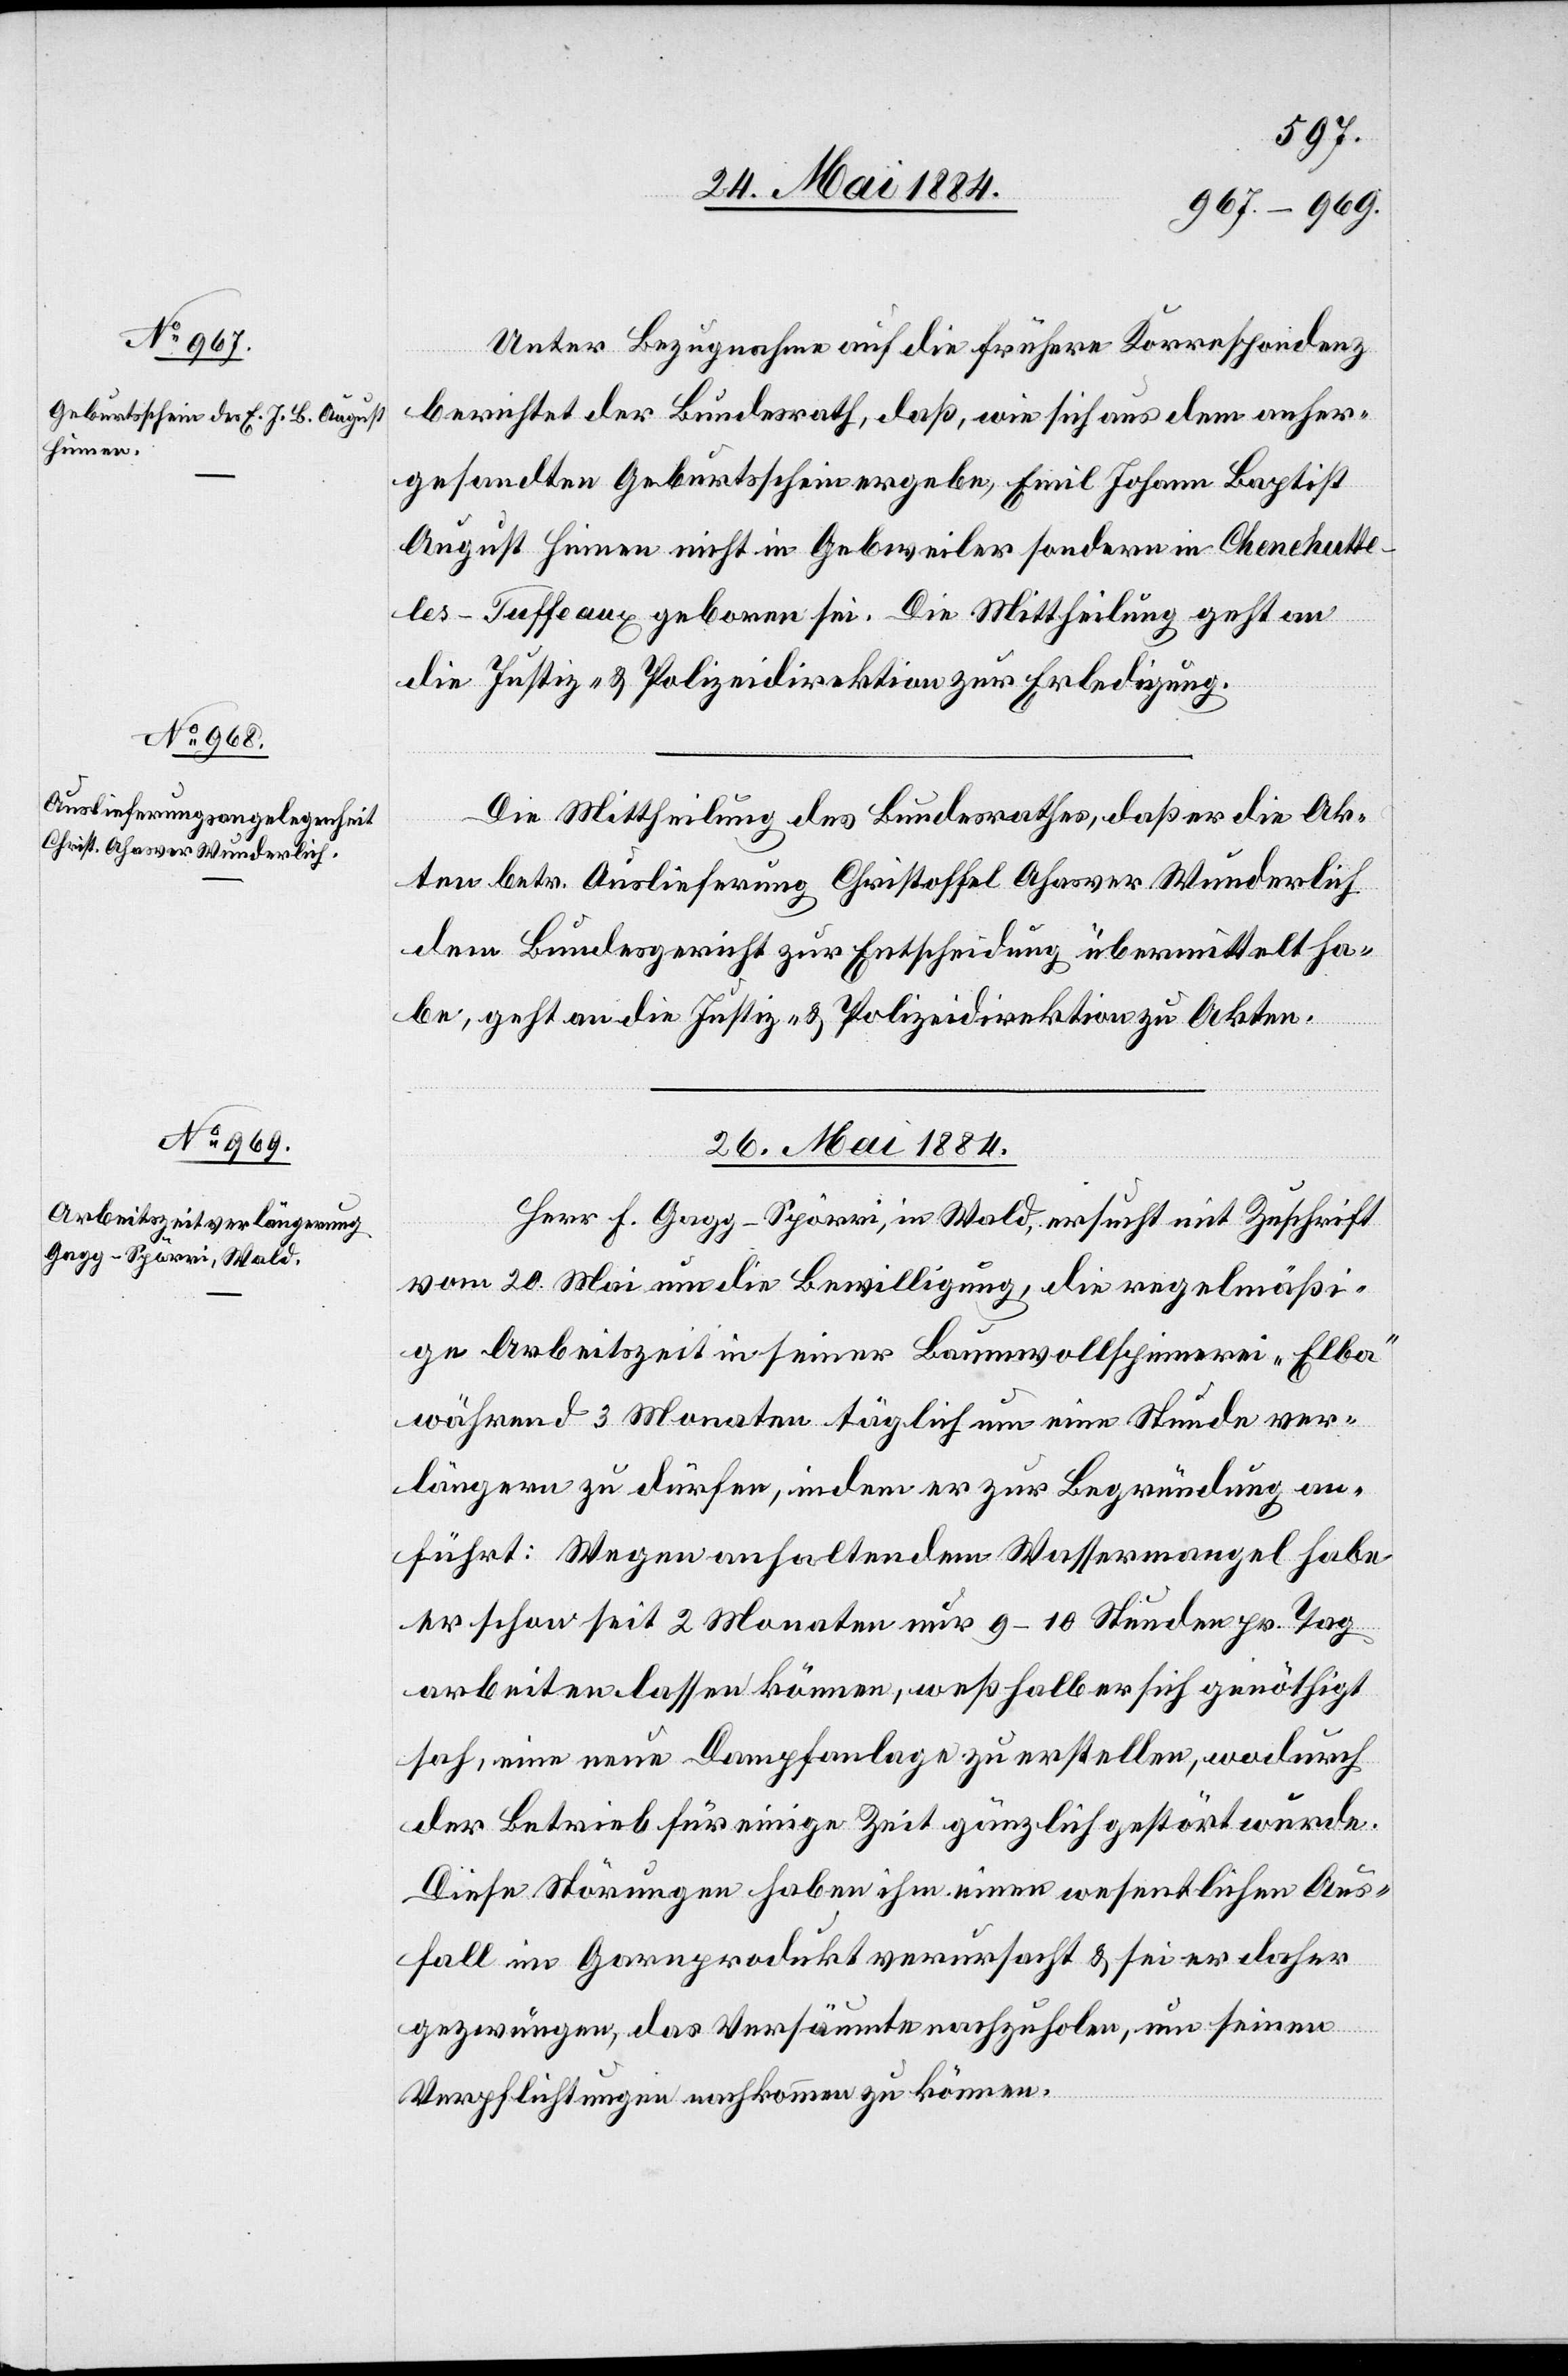
24. Mai 1884.]
Unter Bezugnahme auf die frühere Korrespondenz
berichtet der Bundesrath, daß, wie sich aus dem anher¬
gesandten Geburtsschein ergebe, Emil Johann Baptist
August Heinen nicht in Gebweiler sondern in Chenehutt¬
e-les-Tuffeaux geboren sei. Die Mittheilung geht an
die Justiz- & Polizeidirektion zur Erledigung.
Die Mittheilung des Bundesrathes, daß er die Ak¬
ten betr. Auslieferung Christoffel Ahasver Wunderlich
dem Bundesgericht zur Entscheidung übermittelt ha¬
be, geht an die Justiz- & Polizeidirektion zu Akten.
26. Mai 1884.
Herr F. Gagg-Spörri, in Wald, ersucht mit Zuschrift
vom 20. Mai um die Bewilligung, die regelmäßi¬
ge Arbeitszeit in seiner Baumwollspinnerei „Elba“
während 3 Monaten täglich um eine Stunde ver¬
längern zu dürfen, indem er zur Begründung an¬
führt: Wegen anhaltendem Wassermangel habe
er schon seit 2 Monaten nur 9–10 Stunden pr. Tag
arbeiten lassen können, weßhalb er sich genöthigt
sah, eine neue Dampfanlage zu erstellen, wodurch
der Betrieb für einige Zeit gänzlich gestört wurde.
Diese Störungen haben ihm einen wesentlichen Aus¬
fall im Garnprodukt verursacht & sei er daher
gezwungen, das Versäumte nachzuholen, um seinen
Verpflichtungen nachkommen zu können.